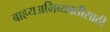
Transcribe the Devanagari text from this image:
बाहयअभिव्यक्‍तीसाठी